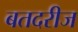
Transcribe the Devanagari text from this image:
बतदरीज